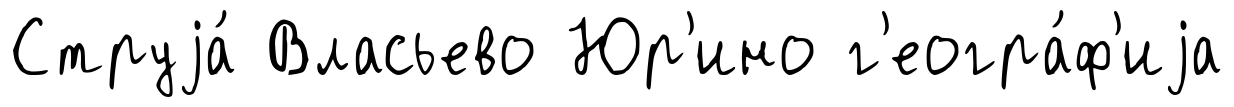
Струjа́ Власьево Юр'ино г'еогра́ф'иjа